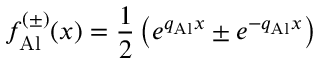
f _ { \mathrm { A l } } ^ { ( \pm ) } ( x ) = \frac { 1 } { 2 } \left( e ^ { q _ { \mathrm { A l } } x } \pm e ^ { - q _ { \mathrm { A l } } x } \right)